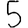
Digit: 5